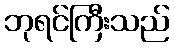
ဘုရင်ကြီးသည်